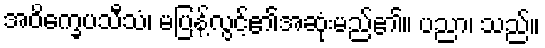
အဝိက္ခေပသီသံ၊ မပြန့်လွင့်၏အဆုံးမည်၏။ ပညာ၊ သည်။